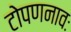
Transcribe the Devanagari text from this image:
टोपणनावः